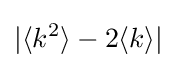
|\langle k^{2}\rangle -2\langle k\rangle |